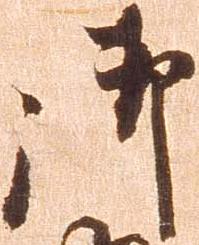
御